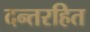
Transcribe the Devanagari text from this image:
दन्तरहित